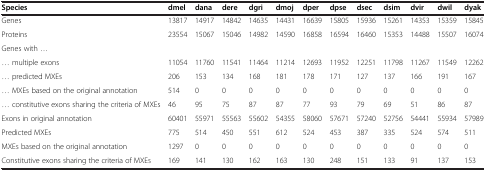
| Species | dmel | dana | dere | dgri | dmoj | dper | dpse | dsec | dsim | dvir | dwil | dyak |
 | --- | --- | --- | --- | --- | --- | --- | --- | --- | --- | --- | --- | --- |
 | Genes | 13817 | 14917 | 14842 | 14635 | 14431 | 16639 | 15805 | 15936 | 15261 | 14353 | 15359 | 15845 |
 | Proteins | 23554 | 15067 | 15046 | 14982 | 14590 | 16858 | 16594 | 16460 | 15353 | 14488 | 15507 | 16074 |
 | Genes with ... |  |  |  |  |  |  |  |  |  |  |  |  |
 | ... multiple exons | 11054 | 11760 | 11541 | 11464 | 11214 | 12693 | 11952 | 12251 | 11798 | 11267 | 11549 | 12262 |
 | ... predicted MXEs | 206 | 153 | 134 | 168 | 181 | 178 | 171 | 127 | 137 | 166 | 191 | 167 |
 | ... MXEs based on the original annotation | 514 | 0 | 0 | 0 | 0 | 0 | 0 | 0 | 0 | 0 | 0 | 0 |
 | ... constitutive exons sharing the criteria of MXEs | 46 | 95 | 75 | 87 | 87 | 77 | 93 | 79 | 69 | 51 | 86 | 87 |
 | Exons in original annotation | 60401 | 55971 | 55563 | 55602 | 54355 | 58060 | 57671 | 57240 | 52756 | 54441 | 55934 | 57989 |
 | Predicted MXEs | 775 | 514 | 450 | 551 | 612 | 524 | 453 | 387 | 335 | 524 | 574 | 511 |
 | MXEs based on the original annotation | 1297 | 0 | 0 | 0 | 0 | 0 | 0 | 0 | 0 | 0 | 0 | 0 |
 | Constitutive exons sharing the criteria of MXEs | 169 | 141 | 130 | 162 | 163 | 130 | 248 | 151 | 133 | 91 | 137 | 153 |